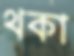
থকা